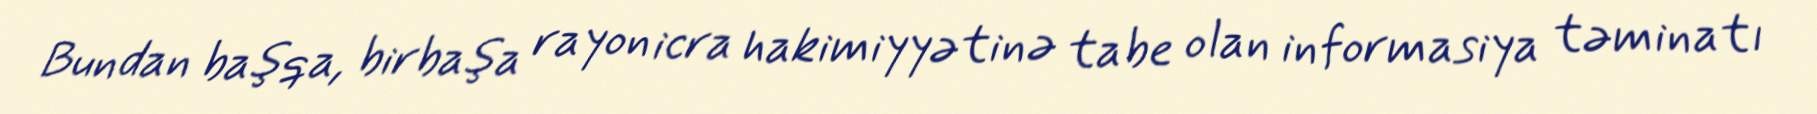
Bundan başqa, birbaşa rayon icra hakimiyyətinə tabe olan informasiya təminatı